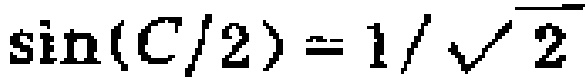
\(\sin(C/2)=1/\sqrt{2}\)